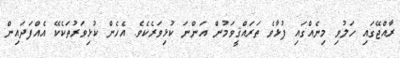
ރާއްޖޭގައި ހަލުވި މިނެއްގައި ފުޅާވެ ތަރައްޤީވަމުން އަންނަ ކުޅިވަރެކެވެ. އެހެން ކުޅިވަރުތަކެކޭ އެއްފަދައިން